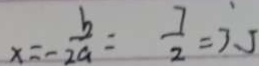
x = - \frac { b } { 2 a } = \frac { 7 } { 2 } = 3 . 5